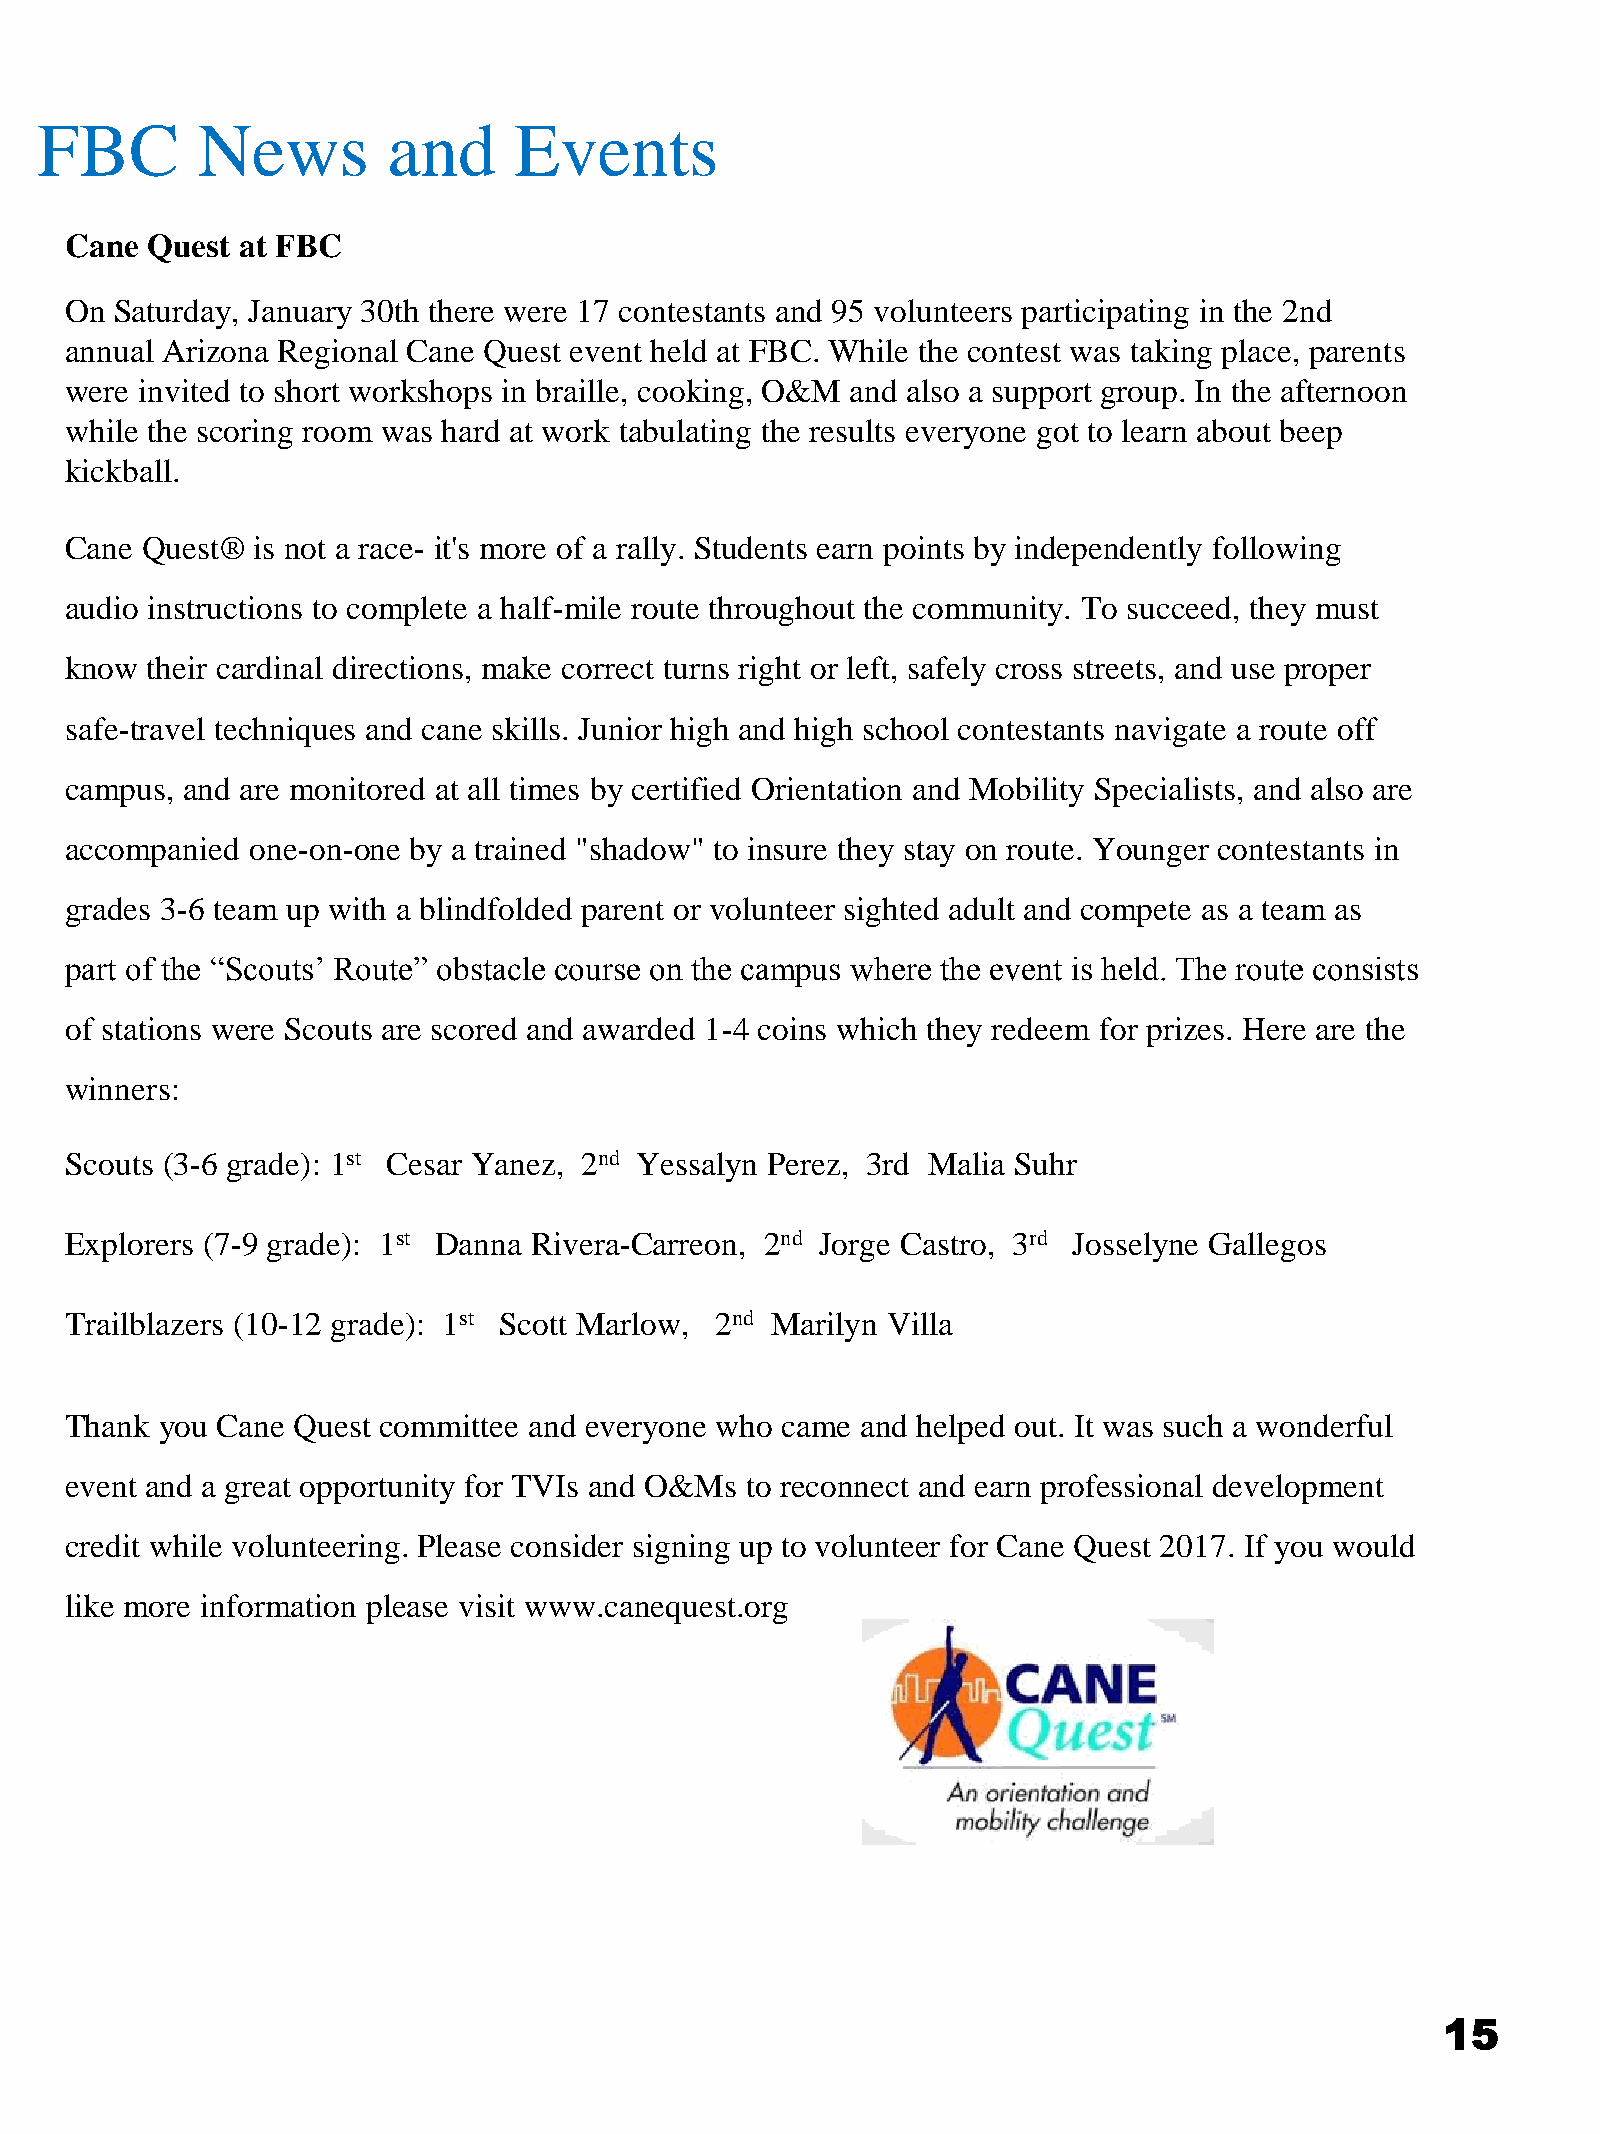
FBC        News         and     Events
 Cane  Quest at FBC
 On  Saturday, January 30th there were 17 contestants and 95 volunteers participating in the 2nd
 annual Arizona Regional Cane Quest event held at FBC. While the contest was taking place, parents
 were invited to short workshops in braille, cooking, O&M and also a support group. In the afternoon
 while the scoring room was hard at work tabulating the results everyone got to learn about beep
 kickball.
 Cane Quest®  is not a race- it's more of a rally. Students earn points by independently following
 audio instructions to complete a half-mile route throughout the community. To succeed, they must
 know  their cardinal directions, make correct turns right or left, safely cross streets, and use proper
 safe-travel techniques and cane skills. Junior high and high school contestants navigate a route off
 campus, and are monitored at all times by certified Orientation and Mobility Specialists, and also are
 accompanied  one-on-one by a trained "shadow" to insure they stay on route. Younger contestants in
 grades 3-6 team up with a blindfolded parent or volunteer sighted adult and compete as a team as
 part of the “Scouts’ Route” obstacle course on the campus where the event is held. The route consists
 of stations were Scouts are scored and awarded 1-4 coins which they redeem for prizes. Here are the
 winners:
 Scouts (3-6 grade): 1st Cesar Yanez, 2nd Yessalyn Perez, 3rd Malia Suhr
 Explorers (7-9 grade): 1st Danna Rivera-Carreon, 2nd Jorge Castro, 3rd Josselyne Gallegos
 Trailblazers (10-12 grade): 1st Scott Marlow, 2nd Marilyn Villa
 Thank you Cane Quest committee and everyone who came and helped out. It was such a wonderful
 event and a great opportunity for TVIs and O&Ms to reconnect and earn professional development
 credit while volunteering. Please consider signing up to volunteer for Cane Quest 2017. If you would
 like more information please visit www.canequest.org
 15